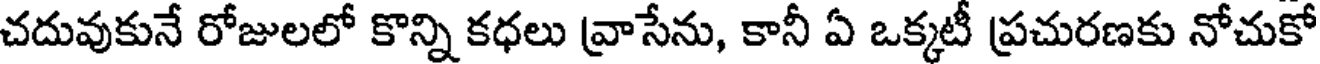
చదువుకునే రోజులలో కొన్ని కధలు వ్రాసేను, కానీ ఏ ఒక్కటీ ప్రచురణకు నోచుకో